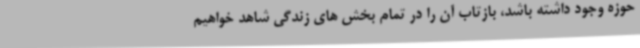
حوزه وجود داشته باشد، بازتاب آن را در تمام بخش های زندگی شاهد خواهیم